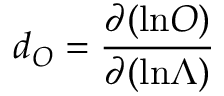
d _ { O } = { \frac { \partial ( \mathrm { l n } O ) } { \partial ( \mathrm { l n } \Lambda ) } }